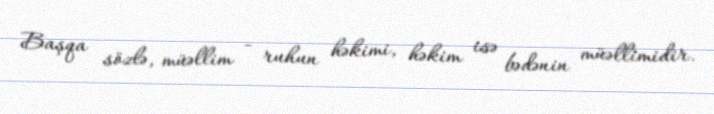
Başqa sözlə, müəllim - ruhun həkimi, həkim isə bədənin müəllimidir.